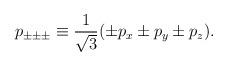
LaTeX: \begin{align*}p_{\pm \pm \pm} \equiv \frac 1{\sqrt{3}}(\pm p_x\pm p_y\pm p_z) .\end{align*}